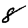
Digit: 8